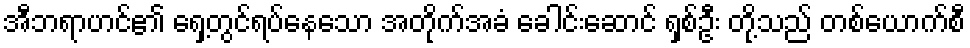
အီဘရာဟင်၏ ရှေ့တွင်ရပ်နေသော အတိုက်အခံ ခေါင်းဆောင် ရှစ်ဦး တို့သည် တစ်ယောက်စီ